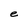
Character: e